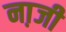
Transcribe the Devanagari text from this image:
ना़जी